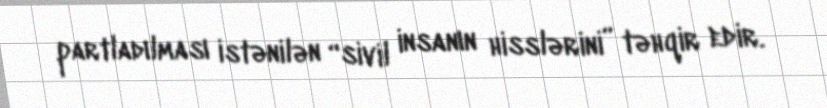
partladılması istənilən “sivil insanın hisslərini” təhqir edir.